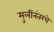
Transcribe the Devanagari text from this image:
मुलींनंतरचे